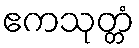
ဧကသုတ္တံ